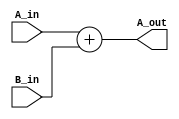
// Andrew Doucet
// Spencer Dugas

// And instruction
module ADD (A_in, B_in, A_out);

	// I/O
	input [15:0] A_in, B_in;
	output [15:0] A_out;

	// Addition
	assign A_out = A_in + B_in;	

endmodule